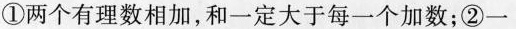
①两个有理数相加，和一定大于每一个加数；②一